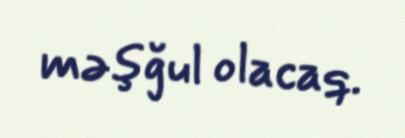
məşğul olacaq.